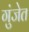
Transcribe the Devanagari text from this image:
गुंजेत